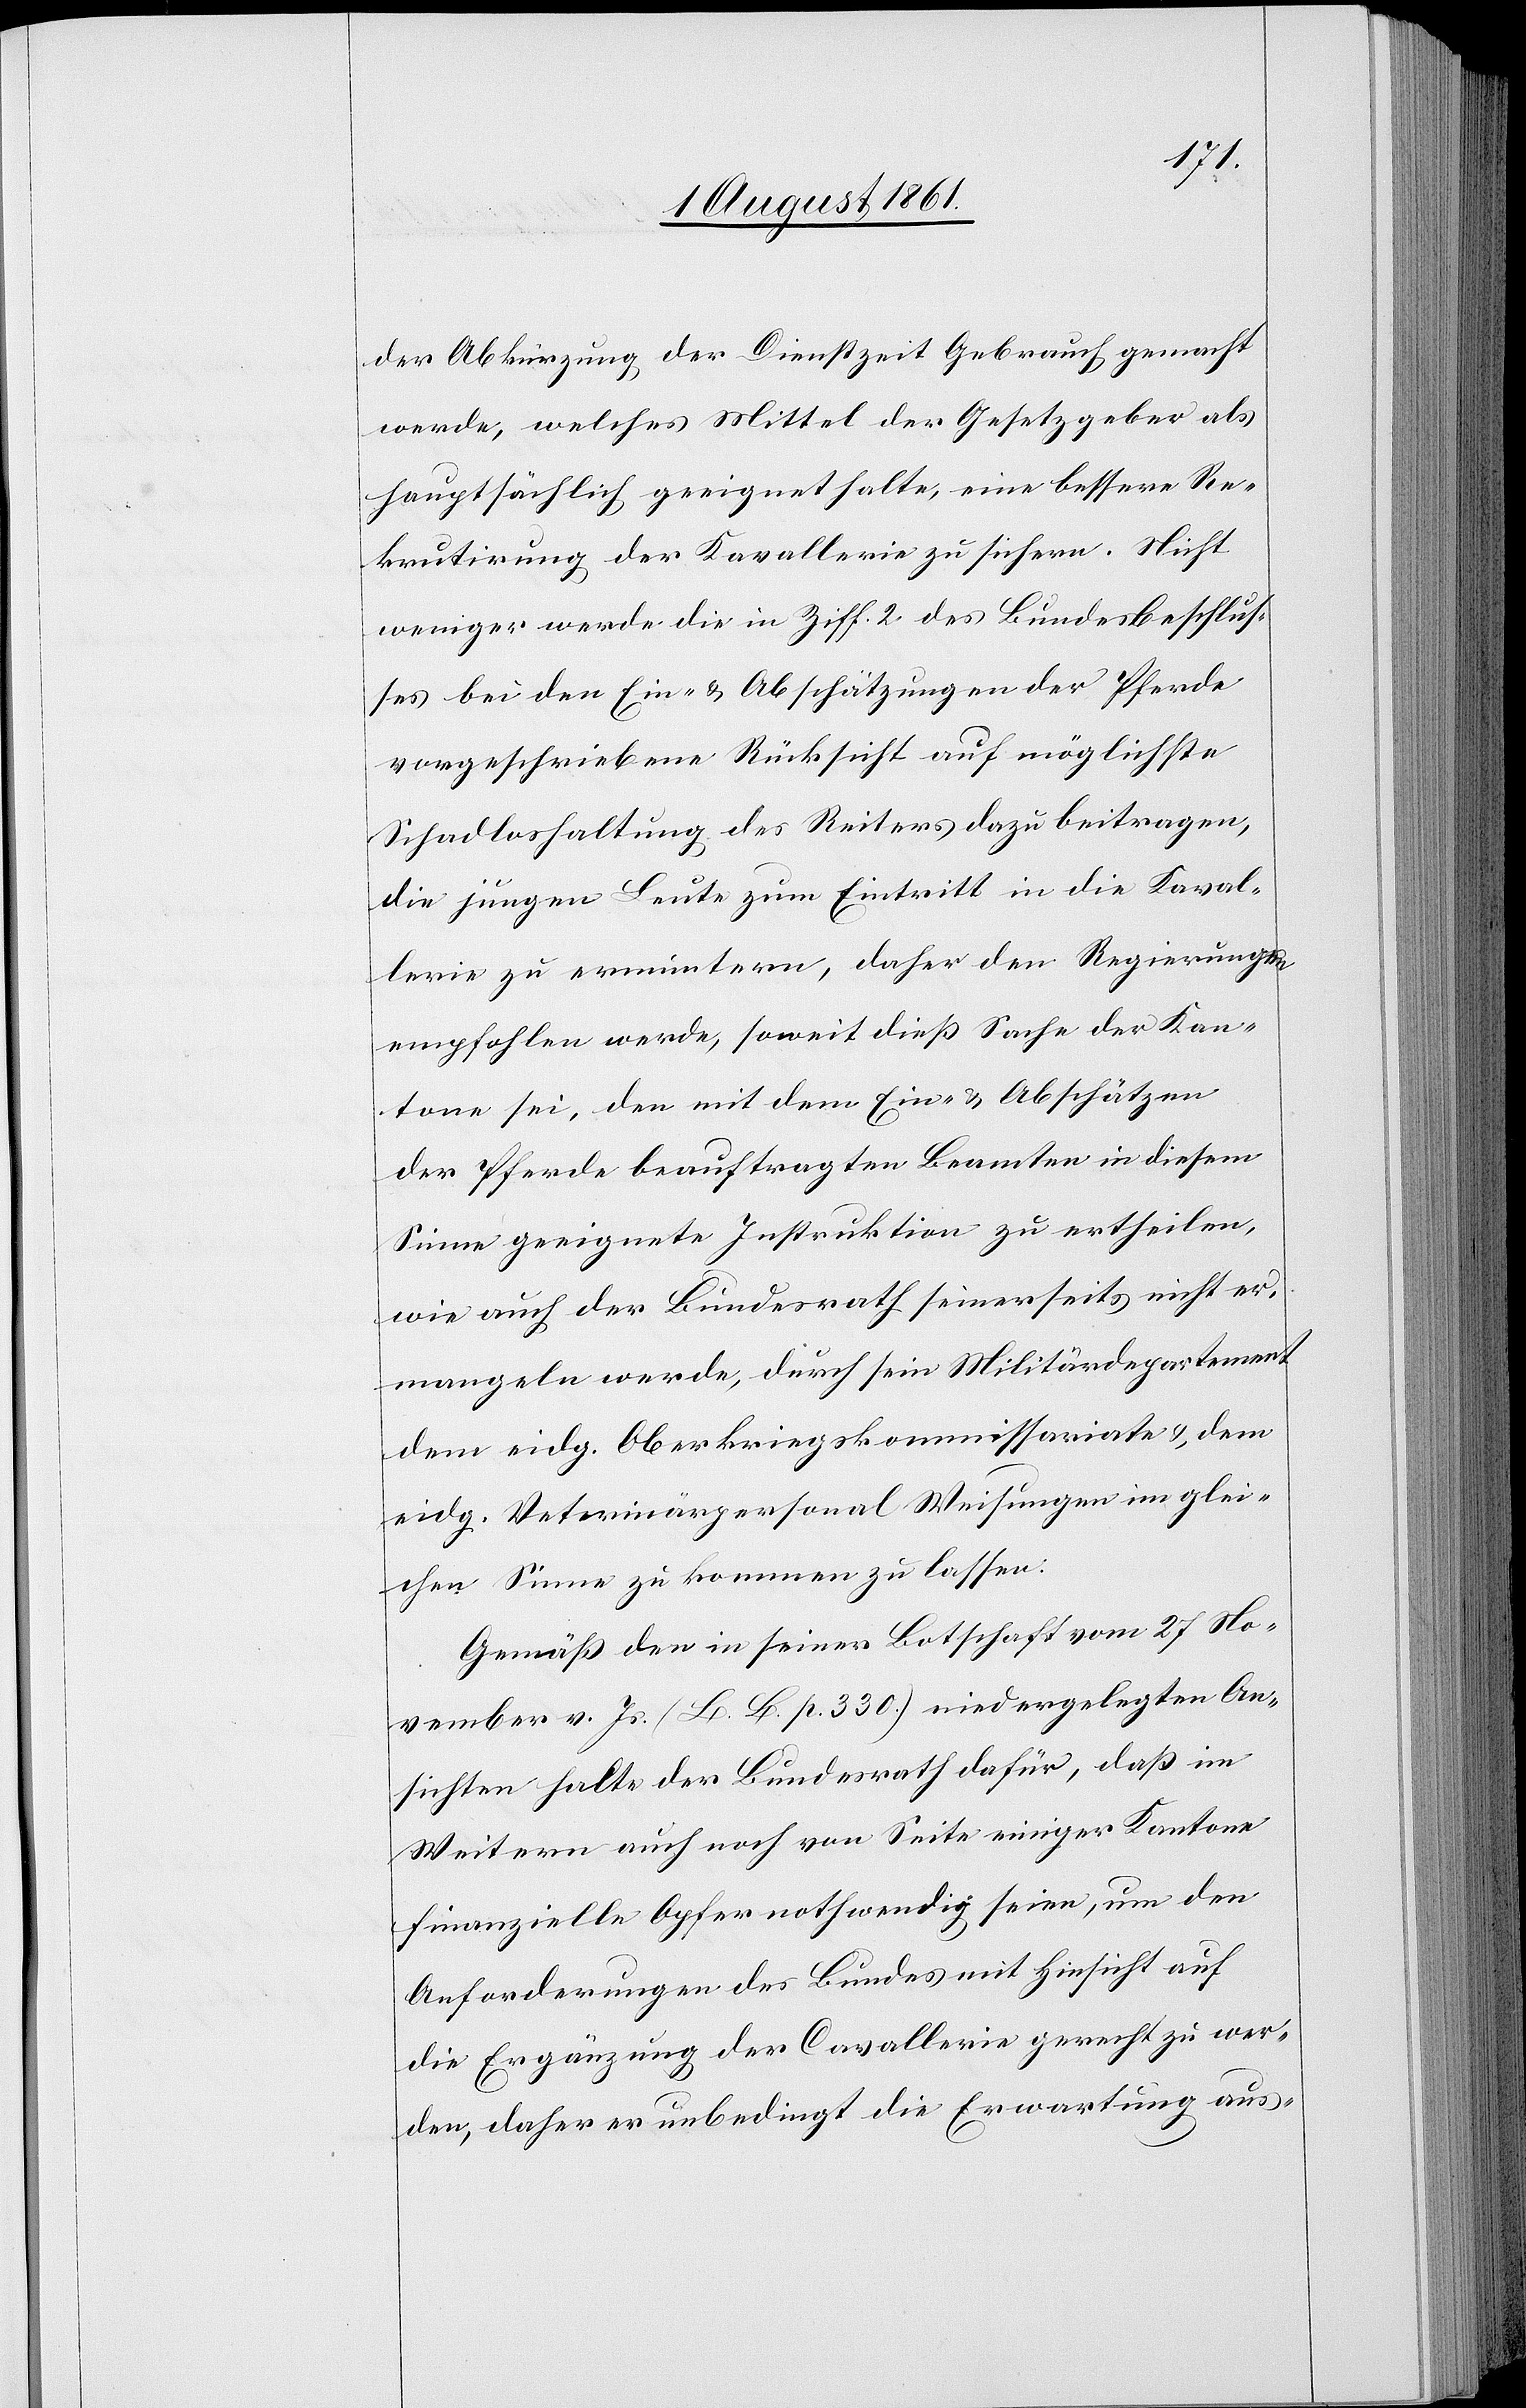
der Abkürzung der Dienstzeit Gebrauch gemacht
werde, welches Mittel der Gesetzgeber als
hauptsächlich geeignet halte, eine bessere Re¬
krutirung der Kavallerie zu sichern. Nicht
weniger werde die in Ziff. 2 des Bundesbeschlus¬
ses bei den Ein- u. Abschätzungen der Pferde
vorgeschriebene Rücksicht auf möglichste
Schadloshaltung des Reiters dazu beitragen,
die jungen Leute zum Eintritt in die Kaval¬
lerie zu ermuntern, daher den Regierungen
empfohlen werde, soweit dieß Sache der Kan¬
tone sei, den mit dem Ein- u. Abschätzen
der Pferde beauftragten Beamten in diesem
Sinne geeignete Instruktionen zu ertheilen,
wie auch der Bundesrath seinerseits nicht er¬
mangeln werde, durch sein Militärdepartement
dem eidg. Oberkriegskommissariate u. dem
eidg. Veterinärpersonal Weisungen im glei¬
chen Sinne zu kommen zu lassen:
Gemäß den in seiner Botschaft vom 27 No¬
vember v. Js. (L L. p. 330) niedergelegten An¬
sichten halte der Bundesrath dafür, daß im
Weitern auch noch von Seite einiger Kantone
finanzielle Opfer nothwendig seien, um den
Anforderungen des Bundes mit Hinsicht auf
die Ergänzung der Cavallerie gerecht zu wer¬
den, daher er unbedingt die Erwartung aus-